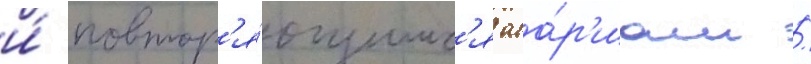
и́ повтор'я́ющимс'я ава́р'иам /